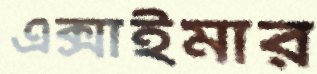
এক্সাইমার